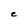
Character: C